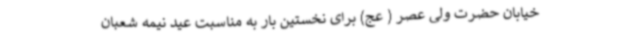
خیابان حضرت ولی عصر ( عج) برای نخستین بار به مناسبت عید نیمه شعبان